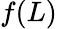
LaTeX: f(L)